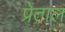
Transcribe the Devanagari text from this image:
प्रेताल